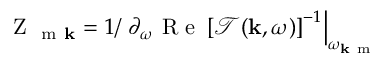
\mathrm { ~ Z ~ } _ { \mathrm { ~ m ~ } \mathbf { k } } = 1 / \left. \partial _ { \omega } \mathrm { ~ R ~ e ~ } \left[ \mathcal { T } ( \mathbf { k } , \omega ) \right] ^ { - 1 } \right| _ { \omega _ { \mathbf { k } \mathrm { ~ m ~ } } }